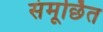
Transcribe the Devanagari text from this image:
संमूर्छित